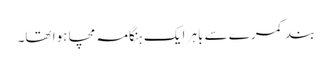
بند کمرے سے باہر ایک ہنگامہ مچا ہوا تھا۔